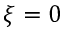
\xi = 0